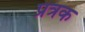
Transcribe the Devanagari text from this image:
प्रत्रक